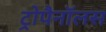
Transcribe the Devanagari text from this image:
ट्रोपैनॉलस